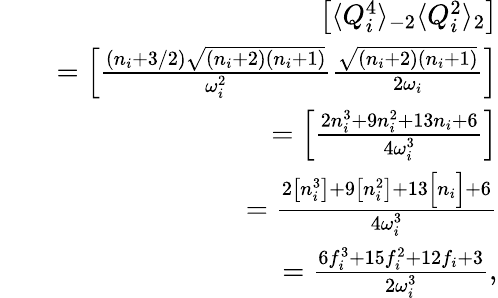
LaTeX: \begin{array}{rlr}&{}&{\left[\langle Q_{i}^{4}\rangle_{-2}\langle Q_{i}^{2}\rangle_{2}\right]}\\ &{}&{=\left[\frac{(n_{i}+3/2)\sqrt{(n_{i}+2)(n_{i}+1)}}{\omega_{i}^{2}}\frac{\sqrt{(n_{i}+2)(n_{i}+1)}}{2\omega_{i}}\right]}\\ &{}&{=\left[\frac{2n_{i}^{3}+9n_{i}^{2}+13n_{i}+6}{4\omega_{i}^{3}}\right]}\\ &{}&{=\frac{2\left[n_{i}^{3}\right]+9\left[n_{i}^{2}\right]+13\Big[n_{i}\Big]+6}{4\omega_{i}^{3}}}\\ &{}&{=\frac{6f_{i}^{3}+15f_{i}^{2}+12f_{i}+3}{2\omega_{i}^{3}},}\end{array}